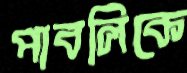
পাবলিকে